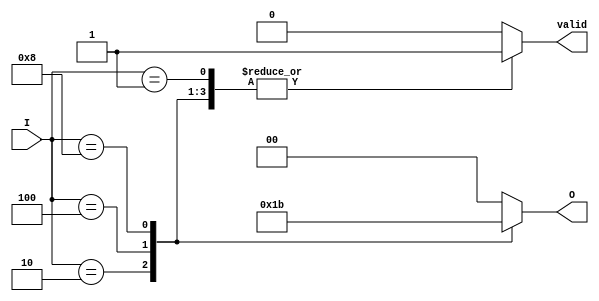
module encoder_4_to_2 (
    input wire [3:0] I,      // 4 input lines
    output reg [1:0] O,      // 2 output lines
    output reg valid          // Valid output indicator
);

    always @(*) begin
        case (I)
            4'b0001: begin O = 2'b00; valid = 1; end  // I[0] is active
            4'b0010: begin O = 2'b01; valid = 1; end  // I[1] is active
            4'b0100: begin O = 2'b10; valid = 1; end  // I[2] is active
            4'b1000: begin O = 2'b11; valid = 1; end  // I[3] is active
            default: begin O = 2'b00; valid = 0; end   // No valid input
        endcase
    end

endmodule